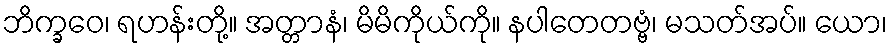
ဘိက္ခဝေ၊ ရဟန်းတို့။ အတ္တာနံ၊ မိမိကိုယ်ကို။ နပါတေတဗ္ဗံ၊ မသတ်အပ်။ ယော၊